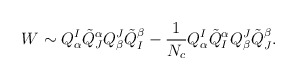
\begin{align*}W\sim Q^I_\alpha\tilde{Q}^\alpha_JQ^J_\beta\tilde{Q}^\beta_I-\frac{1}{N_c}Q^I_\alpha\tilde{Q}^\alpha_IQ^J_\beta\tilde{Q}^\beta_J.\end{align*}